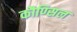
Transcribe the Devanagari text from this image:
कौण्सिल